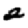
Digit: 2